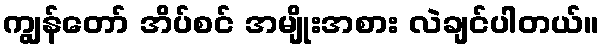
ကျွန်တော် အိပ်စင် အမျိုးအစား လဲချင်ပါတယ်။